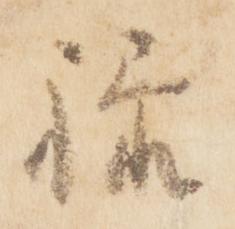
禄